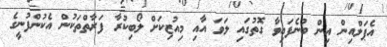
އެޕަލްއިން އިން ބުނެފައިވާ ގޮތުގައި ލަވަ އާއި މިއުޒިކަށް ލޯބިކުރާ ފަރާތްތަކުން އެކުންފުނީގެ